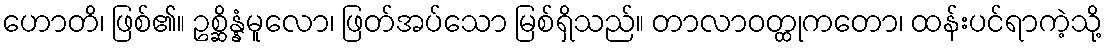
ဟောတိ၊ ဖြစ်၏။ ဥစ္ဆိန္နံမူလော၊ ဖြတ်အပ်သော မြစ်ရှိသည်။ တာလာဝတ္ထုကတော၊ ထန်းပင်ရာကဲ့သို့